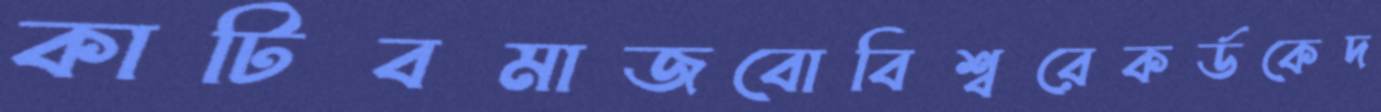
কাটিবমাজবোবিশ্বরেকর্ডকেদ